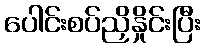
ပေါင်းစပ်ညှိနှိုင်းပြီး